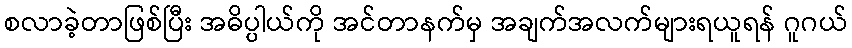
စလာခဲ့တာဖြစ်ပြီး အဓိပ္ပါယ်ကို အင်တာနက်မှ အချက်အလက်များရယူရန် ဂူဂယ်